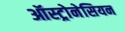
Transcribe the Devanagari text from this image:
ऑस्ट्रोनेसियन